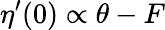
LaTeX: \eta^{\prime}(0)\propto\theta-F